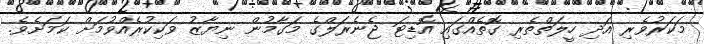
މަކަރުވެރި އަދި ހީލަތްތެރި ގޮތެއްގައި އޮޑިޓަ ޖެނެރަލްގެ މަގާމުން ނިޔާޒު ވަކިކުރެއްވުމަށް ކަމަށެވެ.